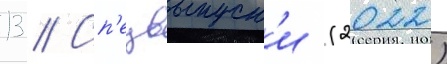
13 // Сп'ецвыпуск'и (2022)